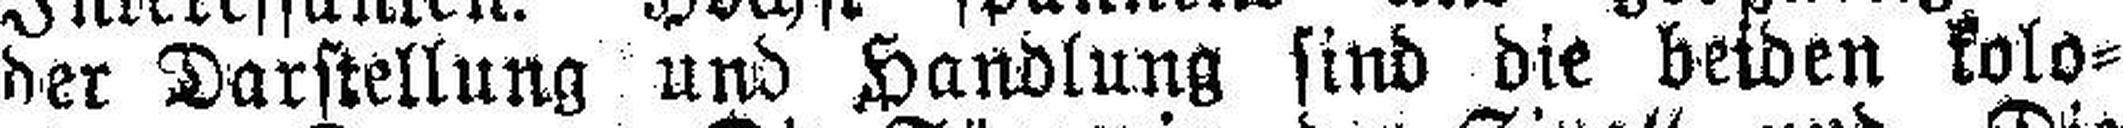
der Darstellung und Handlung sind die beiden kolo¬